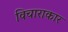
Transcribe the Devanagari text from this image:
विचाराकार